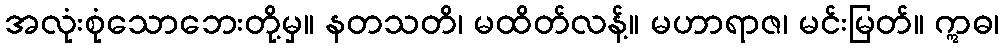
အလုံးစုံသောဘေးတို့မှ။ နတသတိ၊ မထိတ်လန့်။ မဟာရာဇ၊ မင်းမြတ်။ ဣဓ၊